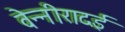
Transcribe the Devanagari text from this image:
वेन्नीरादई